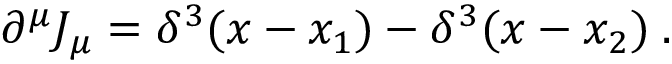
\partial ^ { \mu } J _ { \mu } = \delta ^ { 3 } ( x - x _ { 1 } ) - \delta ^ { 3 } ( x - x _ { 2 } ) \; .